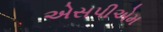
એસપીએમ